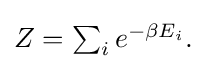
{\textstyle Z=\sum _{i}e^{-\beta E_{i}}.}